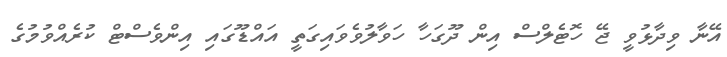
އޭނާ ވިދާޅުވީ ޖޭ ހޮޓެލްސް އިން ދޫގަހާ ހަވާލުވެވައިގަތީ އައްޑޫގައި އިންވެސްޓް ކުރެއްވުމުގެ